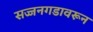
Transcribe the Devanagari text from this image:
सज्जनगडावरून